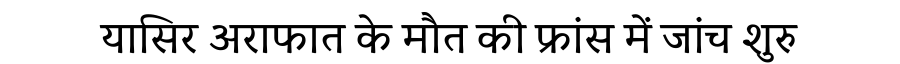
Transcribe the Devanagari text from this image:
यासिर अराफात के मौत की फ्रांस में जांच शुरु